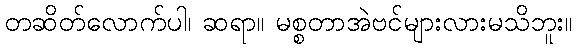
တဆိတ်လောက်ပါ၊ ဆရာ။ မစ္စတာအဲဗင်များလားမသိဘူး။